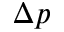
\Delta p